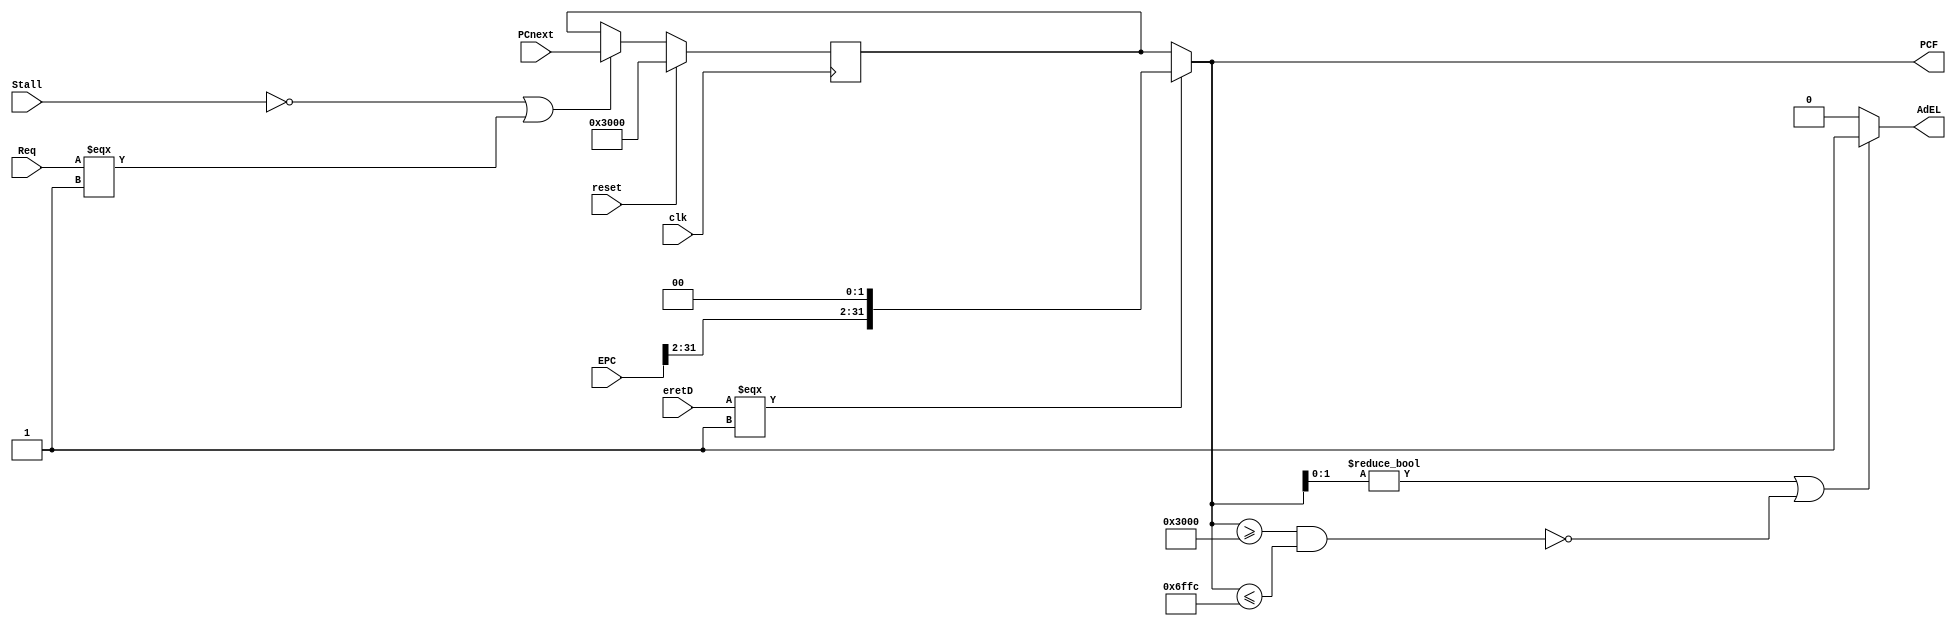
`timescale 1ns / 1ps
//////////////////////////////////////////////////////////////////////////////////
// Company: 
// Engineer: 
// 
// Design Name: 
// Module Name:    PC 
// Project Name: 
// Target Devices: 
// Tool versions: 
// Description: 
//
// Dependencies: 
//
// Revision: 
// Revision 0.01 - File Created
// Additional Comments: 
//
//////////////////////////////////////////////////////////////////////////////////
module PC(
	 input Req,
	 input eretD,
	 input [31:0] EPC,
	 output AdEL,		//
	
    input clk,
    input reset,
	 input Stall,
    input [31:0] PCnext,
    output [31:0] PCF
    );
	 
	parameter init_IAddr = 32'h0000_3000;
	
	reg [31:0] tmp_PCF;
	assign PCF = (eretD === 1'b1)? {EPC[31:2], 2'b00}: tmp_PCF;
	
	assign AdEL = (PCF[1:0] != 2'b0 || !(PCF >= 32'h3000 && PCF <= 32'h6ffc)) ? 1'b1: 1'b0;
	
	always @(posedge clk) begin
		if(reset) 
			tmp_PCF <= init_IAddr;
		else if(!Stall | (Req === 1'b1)) begin
			tmp_PCF <= PCnext; 
		end
	end

endmodule